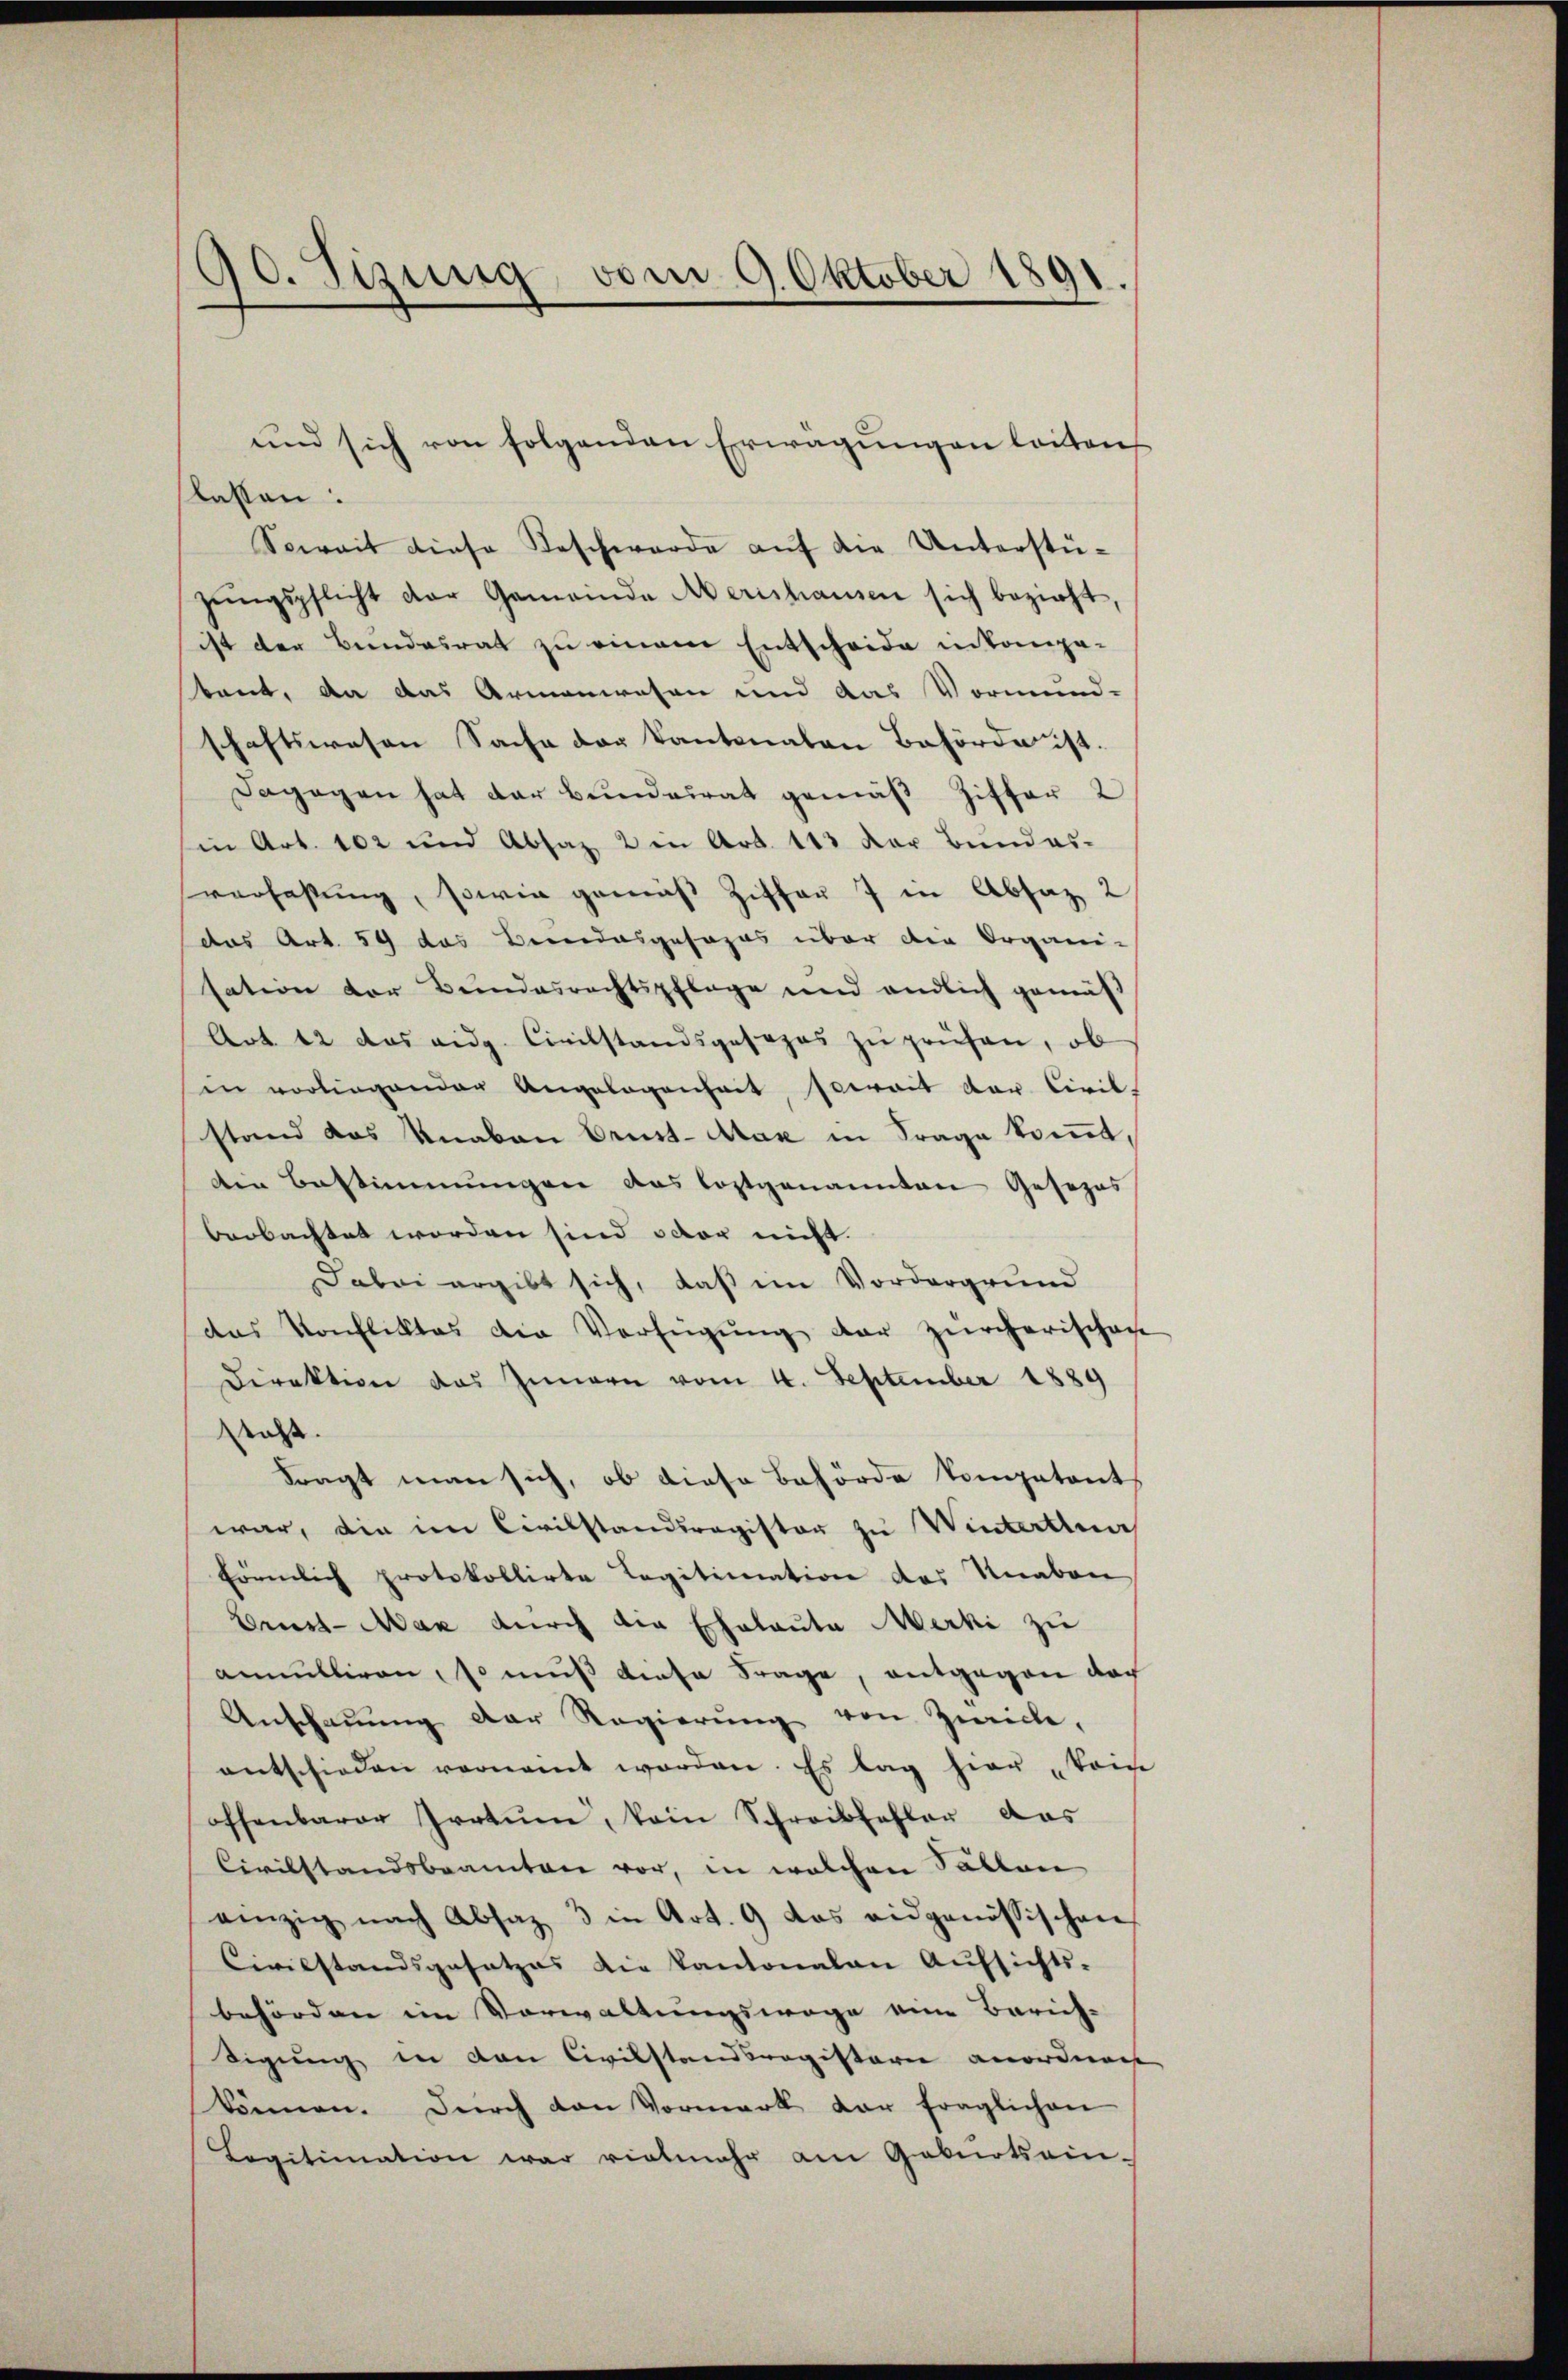
90. Sizung, vom 9. Oktober 1891.

lassen:
Soweit diese Beschwerde auf die Unterstüzŭngspflicht der Gemeinde Merishausen sich bezieht,
ist der Bundesrat zu einem Entscheide in kompe-
baut, da das Armenwesen und das Vormund-
schaftswesen Sache der Kantonalen Behörde ist.
Dagegen hat der Bunderrat gemäß Ziffer 2
in Art. 102 und Absaz 2 in Art. 113 der Bundes-
verfaßung, sowie gemäß Ziffer 7 in Absaz 2
das Art. 59 das Beendesgesages über die Organi-
sation der Bundesrechtspflege und endlich gemäβ
Art. 12 das eidg. Civilstandsgesezes zŭ prüfen, ob
in vorliegender Angelegenheit, soweit der Civil-
stand das Knaben Orust-Mak in Frage kommt,
din Bestimmungen das lostgenannten Gesezes
beobachtet worden sind oder nicht.
Dabei ergibt sich, daß im Vordergrund
das Konfliktes die Verfügŭng der Zürcherischen
Direktion des Innern vom 4. September 1889
steht.
tragt man sich, ob diese Behörde kompetent
war, die im Civilstandsregister zu Winterthur
förmlich protokollirte Legitimation des Knaben
Brust-Mar durch die Eheleute Merki zu
annulliren, so muß diese Frage, entgegen doch
Anschaŭŭng der Regierŭng von Zwicke,
entschieden vernannt worden. Es lag hier kein
offenbarer Irrtum, kein Schreibfehler das
Civilstandsbeamten vor, in welchen Fällen
einzig nach Absaz 3 in Art. 9 das eidgenössischen
Civilstandsgesetzes die kantonalen Aufsichts-
behörden im Vorwaltungswage ein Zürich-
digung in von Civilstandsregisterie anordnen
können. Durch den Vormerk dar fraglichen
Legitimation war vielmehr am Geburtsein-

und sich von folgenden Erwägungen leiten,